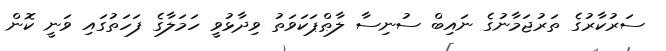
ސަރުކާރުގެ ތަރުޖަމާނުގެ ނައިބް ސުނިސާ ލާޠްޕަކަވަތު ވިދާޅުވީ ހަމަލާގެ ފަހަތުގައި ވަނީ ކޮން